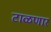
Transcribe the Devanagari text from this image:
टाळणार